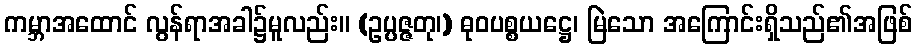
ကမ္ဘာအထောင် လွန်ရာအခါ၌မူလည်း။ (ဥပ္ပဇ္ဇတု၊) ဓုဝပစ္စယဋ္ဌေ၊ မြဲသော အကြောင်းရှိသည်၏အဖြစ်